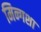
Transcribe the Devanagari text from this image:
मिन्गशा